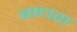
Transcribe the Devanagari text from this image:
बाधरा